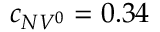
c _ { N V ^ { 0 } } = 0 . 3 4